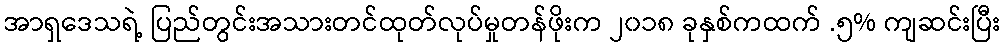
အာရှဒေသရဲ့ ပြည်တွင်းအသားတင်ထုတ်လုပ်မှုတန်ဖိုးက ၂၀၁၈ ခုနှစ်ကထက် .၅% ကျဆင်းပြီး